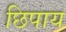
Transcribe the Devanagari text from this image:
छिपाय